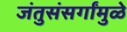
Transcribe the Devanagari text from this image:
जंतुसंसर्गांमुळे